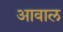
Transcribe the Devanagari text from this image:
आवाल